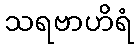
သရဗာဟိရံ